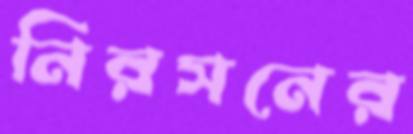
নিরসনের